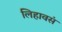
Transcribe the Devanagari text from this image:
लिहावसं